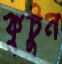
কুটুন